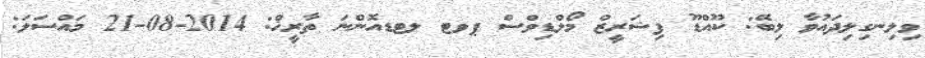
ވިލިނގިލިދައުވާ ލިބޭ: ކޫއްޑޫ ފިޝަރީޒް މޯލްޑިވްސް ޕވޓ ލޓޑއޮންނަ ތާރީޚް: 2014-08-21 މައްސަލަ: